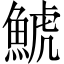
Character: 鯱